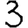
Digit: 3